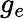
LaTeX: g_{e}